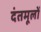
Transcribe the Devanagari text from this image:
दंतमूलों